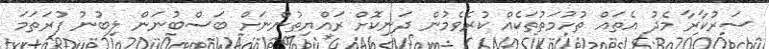
ސަރުކާރާ މެދު އެތައް ތުހުމަތުތަކެއް ކުރެވެމުން ދަނިކޮށް ރައްޔިތުންނަށް ބަސްބުނަން ލިބުނު ފުރަތަމަ